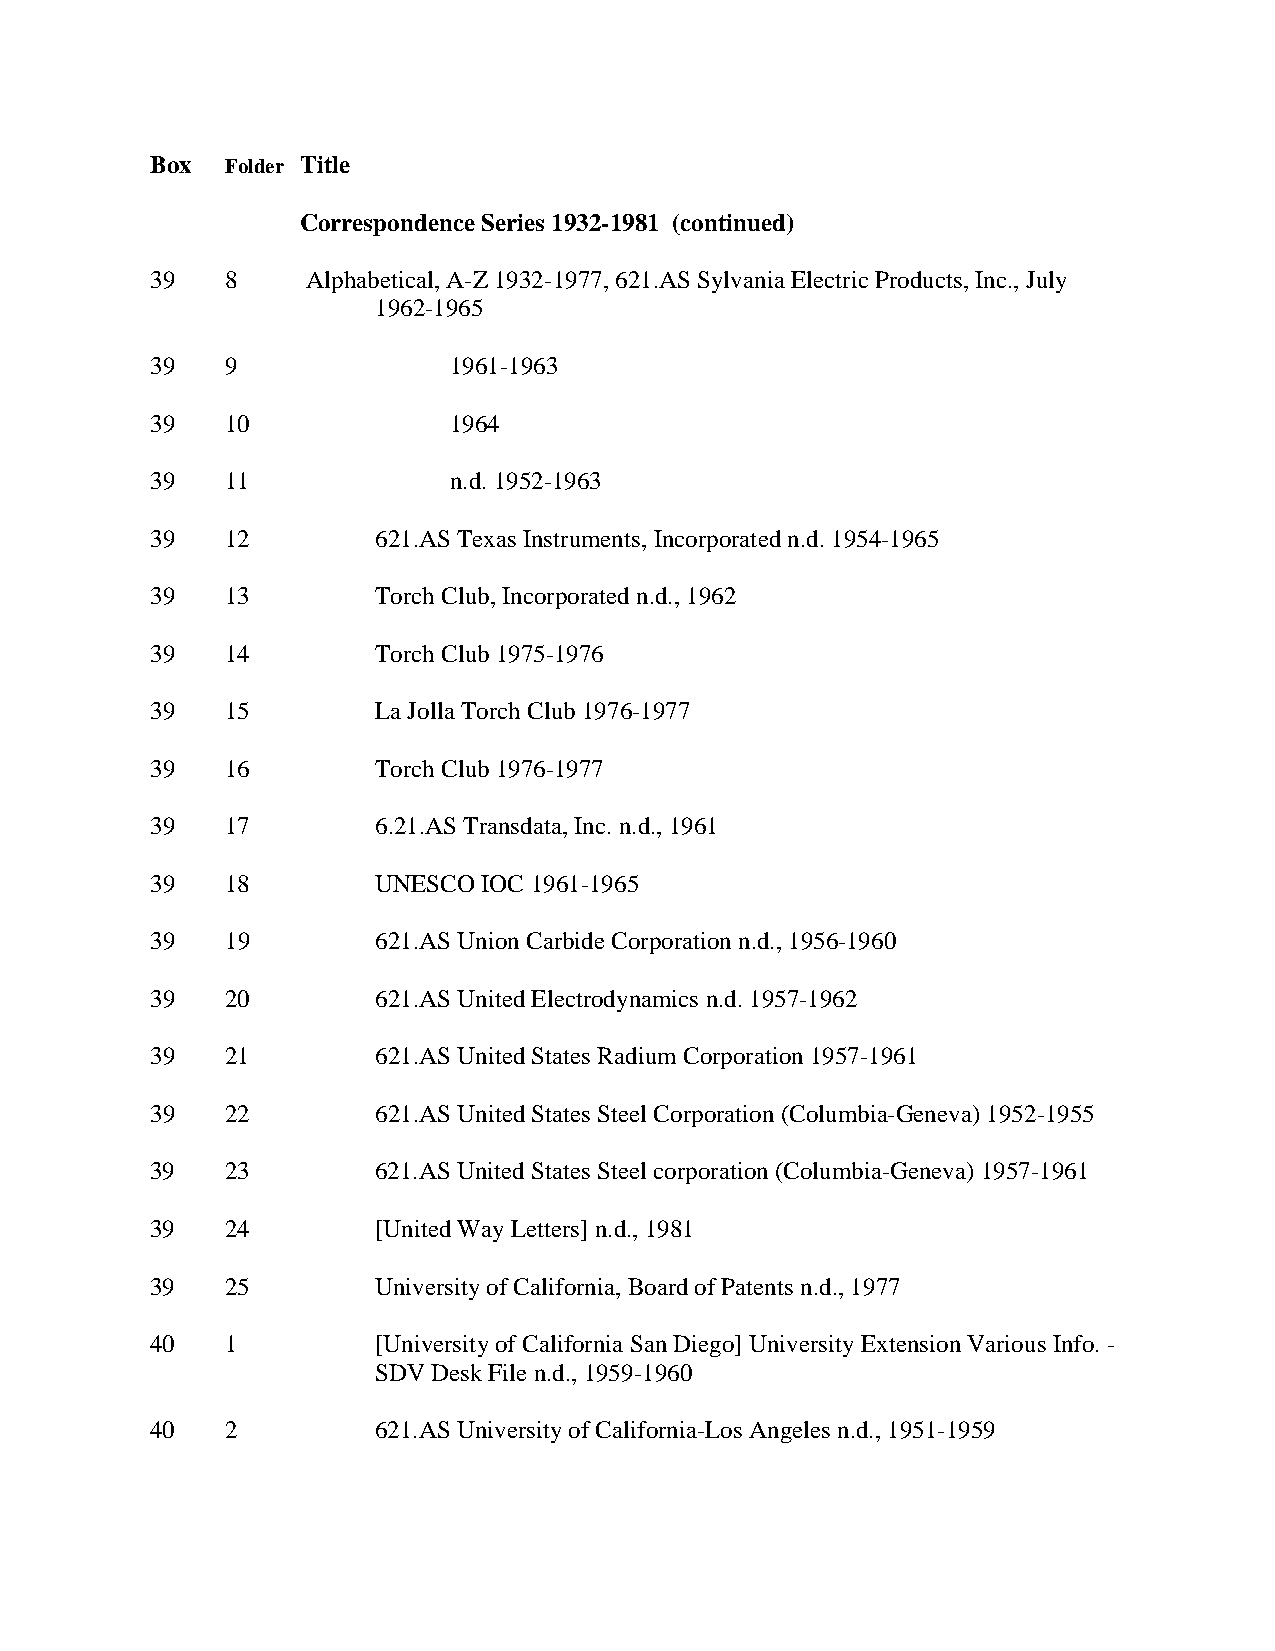
Box  Folder Title
 Correspondence Series 1932-1981 (continued)
 39   8    Alphabetical, A-Z 1932-1977, 621.AS Sylvania Electric Products, Inc., July
 1962-1965
 39   9              1961-1963
 39   10             1964
 39   11             n.d. 1952-1963
 39   12        621.AS Texas Instruments, Incorporated n.d. 1954-1965
 39   13        Torch Club, Incorporated n.d., 1962
 39   14        Torch Club 1975-1976
 39   15        La Jolla Torch Club 1976-1977
 39   16        Torch Club 1976-1977
 39   17        6.21.AS Transdata, Inc. n.d., 1961
 39   18        UNESCO IOC 1961-1965
 39   19        621.AS Union Carbide Corporation n.d., 1956-1960
 39   20        621.AS United Electrodynamics n.d. 1957-1962
 39   21        621.AS United States Radium Corporation 1957-1961
 39   22        621.AS United States Steel Corporation (Columbia-Geneva) 1952-1955
 39   23        621.AS United States Steel corporation (Columbia-Geneva) 1957-1961
 39   24        [United Way Letters] n.d., 1981
 39   25        University of California, Board of Patents n.d., 1977
 40   1         [University of California San Diego] University Extension Various Info. -
 SDV Desk File n.d., 1959-1960
 40   2         621.AS University of California-Los Angeles n.d., 1951-1959